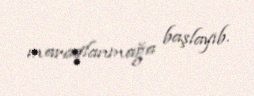
maraqlanmağa başlayıb.